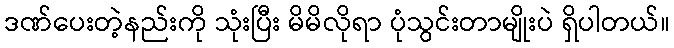
ဒဏ်ပေးတဲ့နည်းကို သုံးပြီး မိမိလိုရာ ပုံသွင်းတာမျိုးပဲ ရှိပါတယ်။